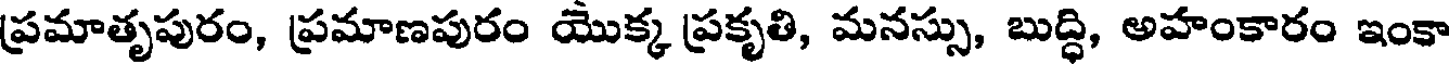
ప్రమాతృపురం, ప్రమాణపురం యొక్క ప్రకృతి, మనస్సు, బుద్ధి, అహంకారం ఇంకా